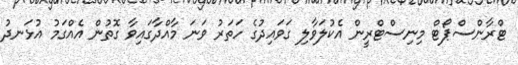
ޓްރާންސްޕޯޓް މިނިސްޓްރީން އެކުލަވާލި ގަވައިދުގެ ހަތަރު ވަނަ މާއްދާގައިވާ ގޮތުން އެއްގަމު އުޅަނދު